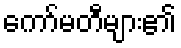
ကော်မတီများ၏